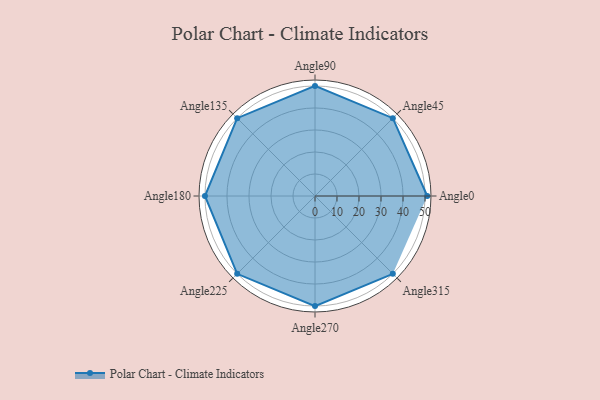
{"axis": {"x": "Angle", "y": "Radius"}, "legend": [""], "data": [{"x": "Angle0", "y": 51.0, "type": ""}, {"x": "Angle45", "y": 50, "type": ""}, {"x": "Angle90", "y": 50, "type": ""}, {"x": "Angle135", "y": 50, "type": ""}, {"x": "Angle180", "y": 50, "type": ""}, {"x": "Angle225", "y": 50, "type": ""}, {"x": "Angle270", "y": 50, "type": ""}, {"x": "Angle315", "y": 50, "type": ""}]}